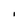
Character: I